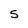
Character: 5